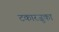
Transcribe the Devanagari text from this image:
टकारज़ुका